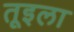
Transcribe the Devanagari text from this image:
तूइला